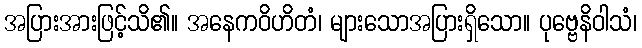
အပြားအားဖြင့်သိ၏။ အနေကဝိဟိတံ၊ များသောအပြားရှိသော။ ပုဗ္ဗေနိဝါသံ၊